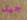
جيد